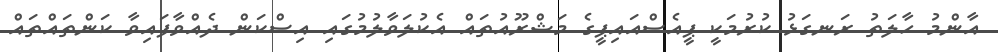
އާންމު ހާލަތު ރަނގަޅު ކުރުމަކީ ޕީއެސްއައިޕީގެ މަޝްރޫއުތައް އެކުލަވާލުމުގައި އިސްކަން ދެއްވާފައިވާ ކަންތައްތައް